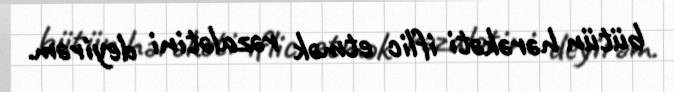
bütün hərəkəti iflic etmək rəzalətini deyirəm.